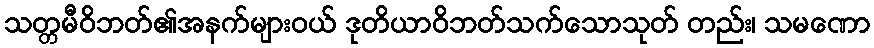
သတ္တမီဝိဘတ်၏အနက်များဝယ် ဒုတိယာဝိဘတ်သက်သောသုတ် တည်း၊ သမဏော